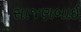
સાજણબાઈ